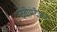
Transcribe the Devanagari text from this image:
देवीमंदीरात